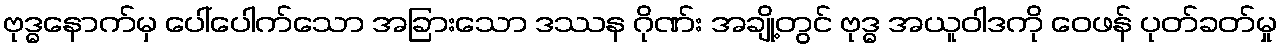
ဗုဒ္ဓနောက်မှ ပေါ်ပေါက်သော အခြားသော ဒဿန ဂိုဏ်း အချို့တွင် ဗုဒ္ဓ အယူဝါဒကို ဝေဖန် ပုတ်ခတ်မှု